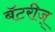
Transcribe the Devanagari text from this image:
बॅटरीज्